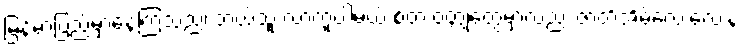
မြန်မာပြည်မှာနေကြသည်၊ ဘယ်သူ လာကူပါ့မယ် စတဲ့ ဝတ္ထုတွေမှာလည်း ဇာတ်အိမ်လေးလေးနဲ့